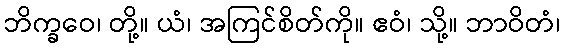
ဘိက္ခဝေ၊ တို့။ ယံ၊ အကြင်စိတ်ကို။ ဧဝံ၊ သို့။ ဘာဝိတံ၊